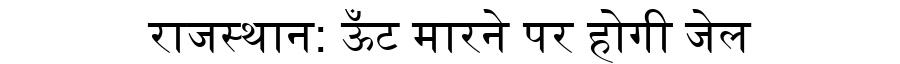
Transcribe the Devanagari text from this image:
राजस्थान: ऊँट मारने पर होगी जेल